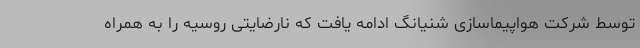
توسط شرکت هواپیماسازی شنیانگ ادامه یافت که نارضایتی روسیه را به همراه